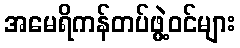
အမေရိကန်တပ်ဖွဲ့ဝင်များ